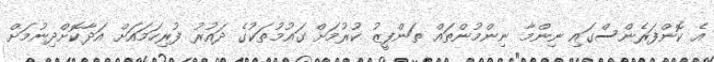
އެ ކޮންފަރެންސްގައި ނިންމާ ނިންމުންތައް ތަންފީޒު ކުރުމަށް ގައުމުތަކުގެ ދައުރު ފުރިހަމައަށް އަދާކޮށްދިނުމަށް